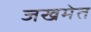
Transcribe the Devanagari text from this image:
जखमेत